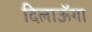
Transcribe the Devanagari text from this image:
दिलाऊॅगा